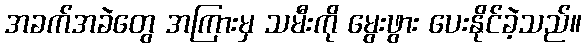
အခက်အခဲတွေ အကြားမှ သမီးကို မွေးဖွား ပေးနိုင်ခဲ့သည်။